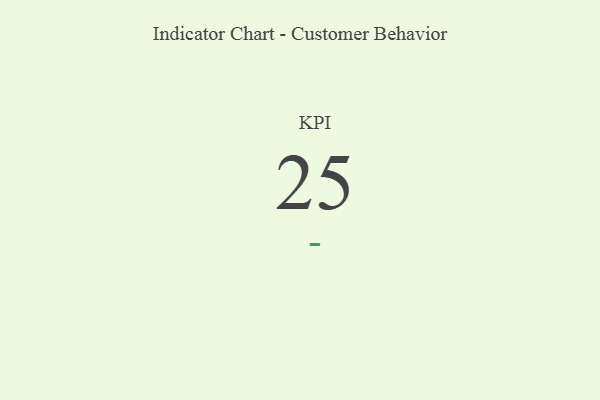
{"axis": {"x": "KPI", "y": "Value"}, "legend": [""], "data": [{"x": "KPI", "y": 25, "type": ""}]}